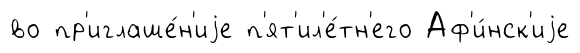
во пр'иглаше́н'иjе п'ят'ил'е́тн'его Аф'и́нск'иjе